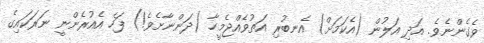
ވެގެންނެވެ. އަދި އަލުން (އެކަމަށް) އެނބުރި އަތުވެއްޖެމީހާ (ދަންނާށެވެ!) ފަހެ އެއުރެންނީ ނަރަކައިގެ